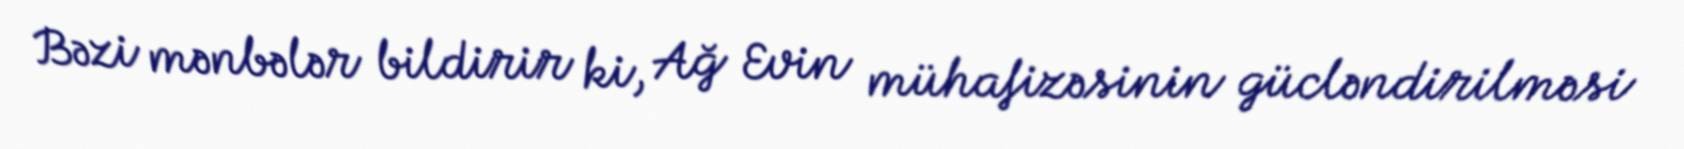
Bəzi mənbələr bildirir ki, Ağ Evin mühafizəsinin gücləndirilməsi